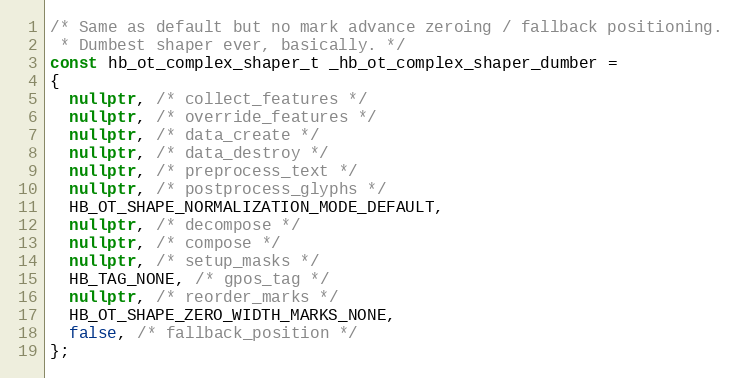
Language: C++
/* Same as default but no mark advance zeroing / fallback positioning.
 * Dumbest shaper ever, basically. */
const hb_ot_complex_shaper_t _hb_ot_complex_shaper_dumber =
{
  nullptr, /* collect_features */
  nullptr, /* override_features */
  nullptr, /* data_create */
  nullptr, /* data_destroy */
  nullptr, /* preprocess_text */
  nullptr, /* postprocess_glyphs */
  HB_OT_SHAPE_NORMALIZATION_MODE_DEFAULT,
  nullptr, /* decompose */
  nullptr, /* compose */
  nullptr, /* setup_masks */
  HB_TAG_NONE, /* gpos_tag */
  nullptr, /* reorder_marks */
  HB_OT_SHAPE_ZERO_WIDTH_MARKS_NONE,
  false, /* fallback_position */
};